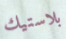
بلاستيك